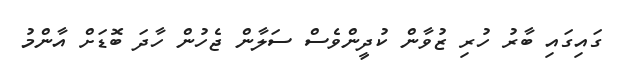
ގައިގައި ބާރު ހުރި ޒުވާން ކުދީންވެސް ސަލާން ޖެހުން ހާދަ ބޮޑަށް އާންމު